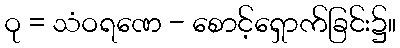
ဝု = သံဝရဏေ - စောင့်ရှောက်ခြင်း၌။